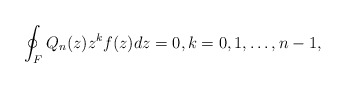
\begin{align*} \oint_F Q_n(z) z^k f(z) dz = 0, k =0,1, \dots, n-1,\end{align*}